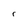
Character: r